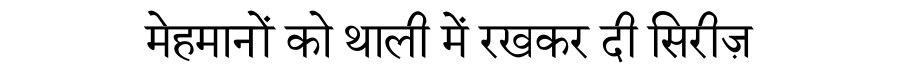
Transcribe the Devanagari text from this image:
मेहमानों को थाली में रखकर दी सिरीज़